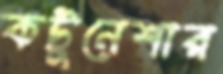
কটুনেশার